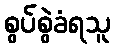
စွပ်စွဲခံရသူ